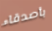
بأصدقاء